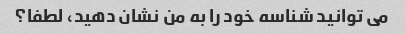
می توانید شناسه خود را به من نشان دهید، لطفا؟